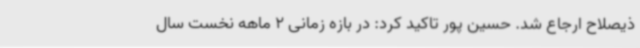
ذیصلاح ارجاع شد. حسین پور تاکید کرد: در بازه زمانی 2 ماهه نخست سال